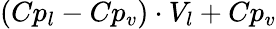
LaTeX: (Cp_{l}-Cp_{v})\cdot V_{l}+Cp_{v}